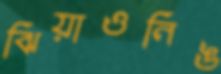
ঝিয়াওনিঙ